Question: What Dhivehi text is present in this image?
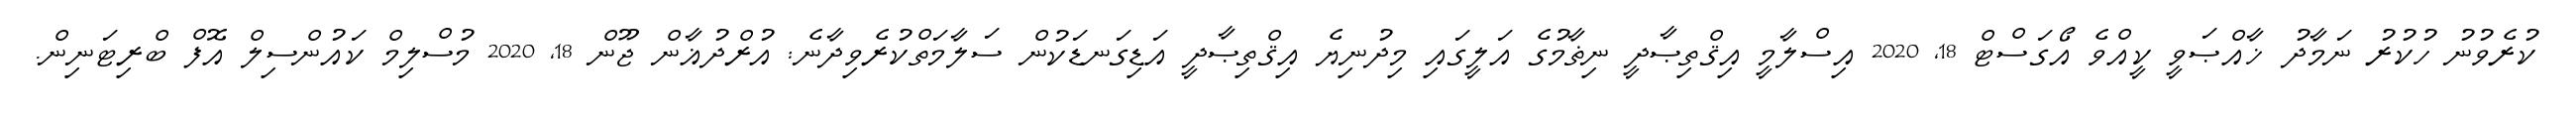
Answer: ކުރެވުނު ހުކުރު ނަމާދު ޚާއްޞަވީ ކީއްވެ އޯގަސްޓް 18, 2020 އިސްލާމީ އިޤްތިޞާދީ ނިޡާމުގެ އަލީގައި މިދުނިޔެ އިޤްތިޞާދީ އަޑިގަނޑަކުން ސަލާމަތްކުރެވިދާނެ: އުރްދުޣާން ޖޫން 18, 2020 މުސްލިމް ކައުންސިލް އޮފް ބްރިޓަނިން.